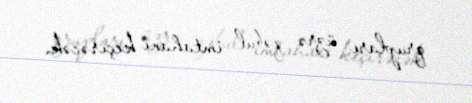
qrupları üzrə qəbul imtahanı keçirəcək.